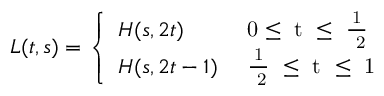
L ( t , s ) = \left\{ \begin{array} { l l } { { H ( s , 2 t ) } } & { { \mathrm { ~ 0 \leq ~ t ~ \leq ~ { \frac { 1 } { ~ 2 } } ~ } } } \\ { { H ( s , 2 t - 1 ) } } & { { \mathrm { ~ { \frac { 1 } { ~ 2 } } ~ \leq ~ t ~ \leq ~ 1 ~ } } } \end{array} \right.